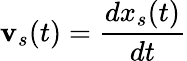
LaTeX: \mathbf{v}_{s}(t)=\frac{{dx_{s}(t)}}{{dt}}